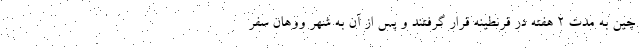
چین به مدت 2 هفته در قرنطینه قرار گرفتند و پس از آن به شهر ووهان سفر